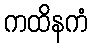
ကထိနကံ